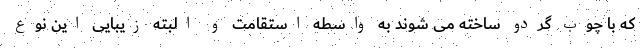
که با چوب گردو ساخته می شوند به واسطه استقامت و البته زیبایی این نوع